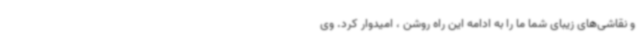
و نقاشی‌های زیبای شما ما را به ادامه این راه روشن ، امیدوار کرد. وی